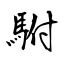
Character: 駙